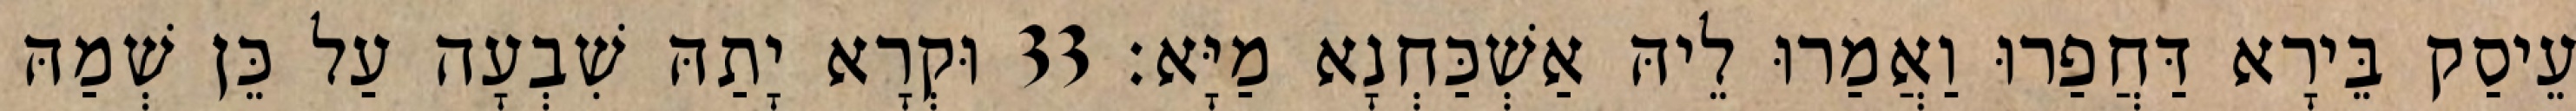
עֵיסַק בֵּירָא דַּחֲפַרוּ וַאֲמַרוּ לֵיהּ אַשְׁכַּחְנָא מַיָּא׃ 33 וּקְרָא יָתַהּ שִׁבְעָה עַל כֵּן שְׁמַהּ